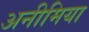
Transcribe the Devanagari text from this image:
अनीमिया